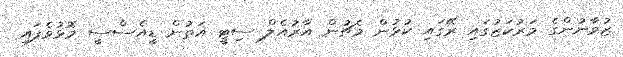
ޒުވާނުންގެ މަރުކަޒުގައި ރޭގައި ކުޅުން މެޗުން އާރުއެލް ސިޓީ އަތުން ޑީއެސްސީ މޮޅުވެފައި